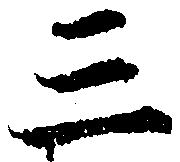
三